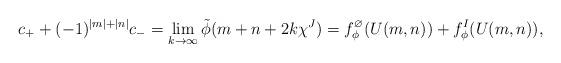
LaTeX: \begin{align*}c_++(-1)^{|m|+|n|}c_- = \lim_{k\to\infty}\tilde{\phi}(m+n+2k\chi^J) = f_\phi^\varnothing(U(m,n)) + f_\phi^I(U(m,n)),\end{align*}